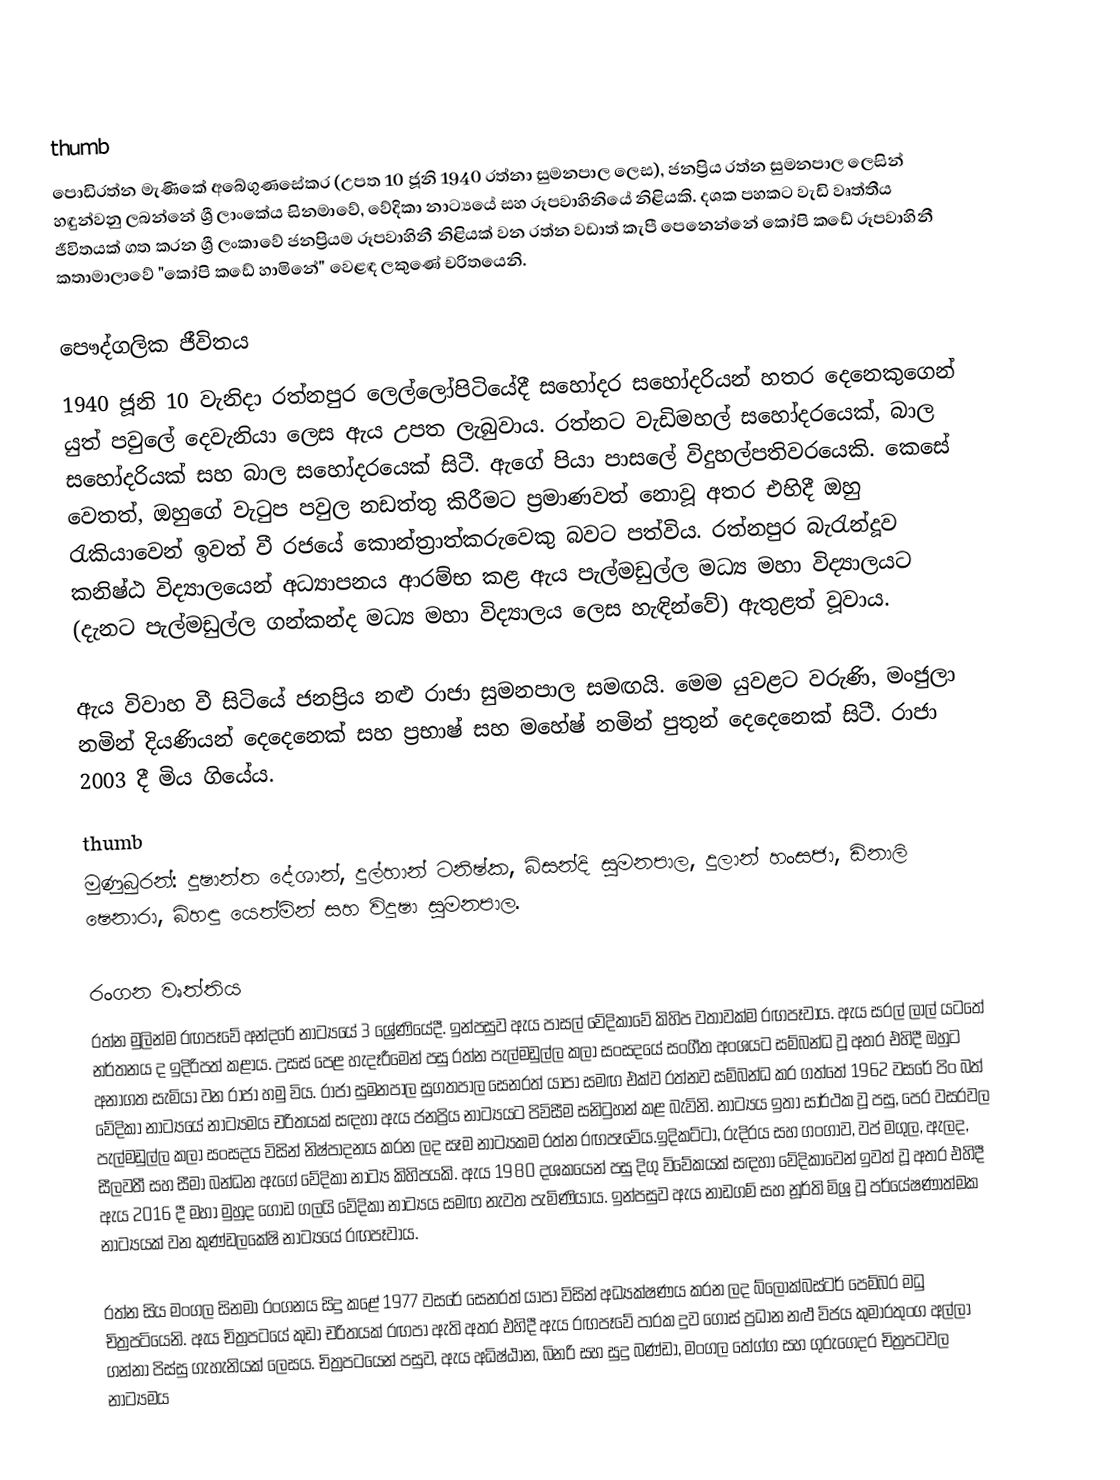
thumb
පොඩිරත්න මැණිකේ අබේගුණසේකර (උපත 10 ජූනි 1940 රත්නා සුමනපාල ලෙස), ජනප්‍රිය රත්න සුමනපාල ලෙසින් හඳුන්වනු ලබන්නේ ශ්‍රී ලාංකේය සිනමාවේ, වේදිකා නාට්‍යයේ සහ රූපවාහිනියේ නිළියකි. දශක පහකට වැඩි වෘත්තීය ජීවිතයක් ගත කරන ශ්‍රී ලංකාවේ ජනප්‍රියම රූපවාහිනී නිළියක් වන රත්න වඩාත් කැපී පෙනෙන්නේ කෝපි කඩේ රූපවාහිනී කතාමාලාවේ "කෝපි කඩේ හාමිනේ" වෙළඳ ලකුණේ චරිතයෙනි.

පෞද්ගලික ජීවිතය
1940 ජූනි 10 වැනිදා රත්නපුර ලෙල්ලෝපිටියේදී සහෝදර සහෝදරියන් හතර දෙනෙකුගෙන් යුත් පවුලේ දෙවැනියා ලෙස ඇය උපත ලැබුවාය. රත්නට වැඩිමහල් සහෝදරයෙක්, බාල සහෝදරියක් සහ බාල සහෝදරයෙක් සිටී. ඇගේ පියා පාසලේ විදුහල්පතිවරයෙකි. කෙසේ වෙතත්, ඔහුගේ වැටුප පවුල නඩත්තු කිරීමට ප්‍රමාණවත් නොවූ අතර එහිදී ඔහු රැකියාවෙන් ඉවත් වී රජයේ කොන්ත්‍රාත්කරුවෙකු බවට පත්විය. රත්නපුර බැරැන්දූව කනිෂ්ඨ විද්‍යාලයෙන් අධ්‍යාපනය ආරම්භ කළ ඇය පැල්මඩුල්ල මධ්‍ය මහා විද්‍යාලයට (දැනට පැල්මඩුල්ල ගන්කන්ද මධ්‍ය මහා විද්‍යාලය ලෙස හැඳින්වේ) ඇතුළත් වූවාය.

ඇය විවාහ වී සිටියේ ජනප්‍රිය නළු රාජා සුමනපාල සමඟයි. මෙම යුවළට වරුණි, මංජුලා නමින් දියණියන් දෙදෙනෙක් සහ ප්‍රභාෂ් සහ මහේෂ් නමින් පුතුන් දෙදෙනෙක් සිටී. රාජා 2003 දී මිය ගියේය.
thumb
මුණුබුරන්: දුෂාන්ත දේශාන්, දුල්හාන් ටනිෂ්ක, බිසන්දි සුමනපාල, දුලාන් හංසජා, ඩිනාලි ෂෙනාරා, බිහඳු යෙත්මින් සහ විදූෂා සුමනපාල.

රංගන වෘත්තිය
රත්න මුලින්ම රඟපෑවේ අන්දරේ නාට්‍යයේ 3 ශ්‍රේණියේදී. ඉන්පසුව ඇය පාසල් වේදිකාවේ කිහිප වතාවක්ම රඟපෑවාය. ඇය සරල් ලාල් යටතේ නර්තනය ද ඉදිරිපත් කළාය. උසස් පෙළ හැදෑරීමෙන් පසු රත්න පැල්මඩුල්ල කලා සංසදයේ සංගීත අංශයට සම්බන්ධ වූ අතර එහිදී ඔහුට අනාගත සැමියා වන රාජා හමු විය. රාජා සුමනපාල සුගතපාල සෙනරත් යාපා සමඟ එක්ව රත්නව සම්බන්ධ කර ගත්තේ 1962 වසරේ පිං බත් වේදිකා නාට්‍යයේ නාට්‍යමය චරිතයක් සඳහා ඇය ජනප්‍රිය නාට්‍යයට පිවිසීම සනිටුහන් කළ බැවිනි. නාට්‍යය ඉතා සාර්ථක වූ පසු, පෙර වසරවල පැල්මඩුල්ල කලා සංසදය විසින් නිෂ්පාදනය කරන ලද සෑම නාට්‍යකම රත්න රඟපෑවේය.ඉදිකට්ටා, රුදිරය සහ ගංගාව, වප් මගුල, ඇලද, සීලවතී සහ සීමා බන්ධන ඇගේ වේදිකා නාට්‍ය කිහිපයකි. ඇය 1980 දශකයෙන් පසු දිගු විවේකයක් සඳහා වේදිකාවෙන් ඉවත් වූ අතර එහිදී ඇය 2016 දී මහා මුහුද ගොඩ ගලයි වේදිකා නාට්‍යය සමඟ නැවත පැමිණියාය. ඉන්පසුව ඇය නාඩගම් සහ නූර්ති මිශ්‍ර වූ පර්යේෂණාත්මක නාට්‍යයක් වන කුණ්ඩලකේෂි නාට්‍යයේ රඟපෑවාය.

රත්න සිය මංගල සිනමා රංගනය සිදු කළේ 1977 වසරේ සෙනරත් යාපා විසින් අධ්‍යක්ෂණය කරන ලද බ්ලොක්බස්ටර් පෙම්බර මධු චිත්‍රපටියෙනි. ඇය චිත්‍රපටයේ කුඩා චරිතයක් රඟපා ඇති අතර එහිදී ඇය රඟපෑවේ පාරක දුව ගොස් ප්‍රධාන නළු විජය කුමාරතුංග අල්ලා ගන්නා පිස්සු ගැහැනියක් ලෙසය. චිත්‍රපටයෙන් පසුව, ඇය අධිෂ්ඨාන, බිනරි සහ සුදු බණ්ඩා, මංගල තේග්ග සහ ගුරුගෙදර චිත්‍රපටවල නාට්‍යමය